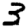
Digit: 3